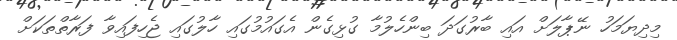
މިދިޔަމަހު ނޭޕާލަށް އައި ބާރުގަދަ ބިންހެލުމާ ގުޅިގެން އެގައުމުގައި ހާލުގައި ޖެހިފައިވާ ފަރާތްތަކަށް